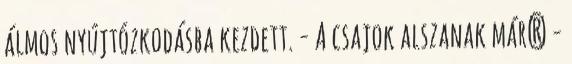
álmos nyújtózkodásba kezdett. - A csajok alszanak már? -